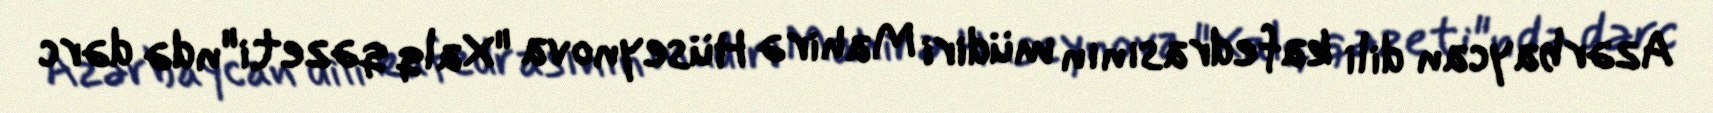
Azərbaycan dili kafedrasının müdiri Mahirə Hüseynova "Xalq qəzeti"ndə dərc